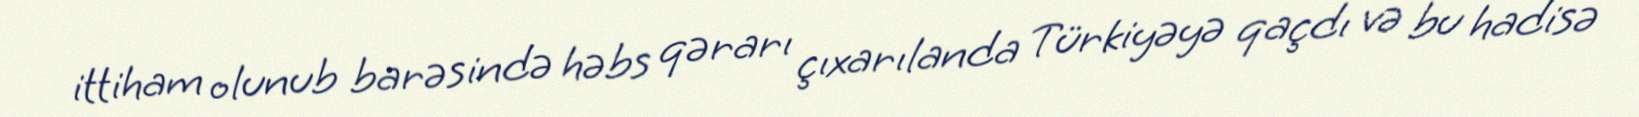
ittiham olunub barəsində həbs qərarı çıxarılanda Türkiyəyə qaçdı və bu hadisə